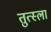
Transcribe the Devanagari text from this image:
तुत्स्ला